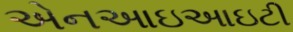
એનઆઇઆઇટી